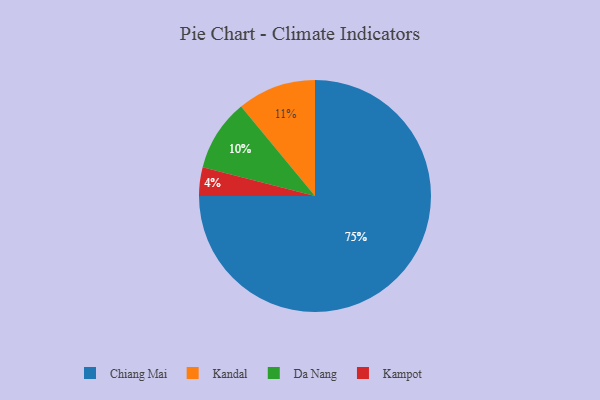
{"axis": {"x": "Category", "y": "Percentage"}, "legend": ["Chiang Mai", "Da Nang", "Kampot", "Kandal"], "data": [{"x": "Chiang Mai", "y": 75, "type": "Chiang Mai"}, {"x": "Kampot", "y": 4, "type": "Kampot"}, {"x": "Kandal", "y": 11, "type": "Kandal"}, {"x": "Da Nang", "y": 10, "type": "Da Nang"}]}